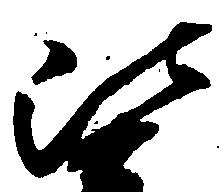
比